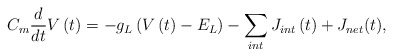
\begin{align*}{C_m}\frac{d}{{dt}}V\left( t \right) = - {g_L}\left( {V\left( t \right) - {E_L}} \right) - \sum\limits_{{\mathop{int}} } {{J_{{\mathop{int}} }}\left( t \right)} + {J_{net}}(t),\end{align*}